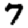
Digit: 7